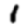
Digit: 1